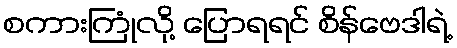
စကားကြုံလို့ ပြောရရင် စိန်ဗေဒါရဲ့